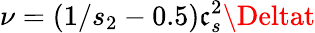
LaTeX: \nu=(1/{s_{2}}-0.5)\mathfrak{c}_{s}^{2}\Deltat